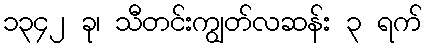
၁၃၄၂ ခု၊ သီတင်းကျွတ်လဆန်း ၃ ရက်